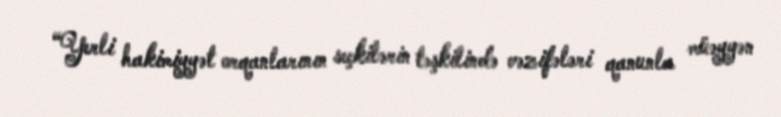
“Yerli hakimiyyət orqanlarının seçkilərin təşkilində vəzifələri qanunla müəyyən